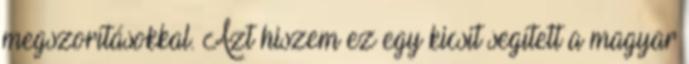
megszorításokkal. Azt hiszem ez egy kicsit segített a magyar